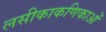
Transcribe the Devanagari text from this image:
लसीकाकणिकाओं